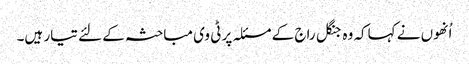
اُنھوں نے کہاکہ وہ جنگل راج کے مسئلہ پر ٹی وی مباحثہ کے لئے تیار ہیں۔